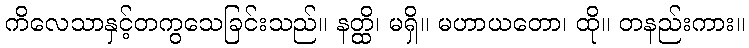
ကိလေသာနှင့်တကွသေခြင်းသည်။ နတ္ထိ၊ မရှိ။ မဟာယတော၊ ထို။ တနည်းကား။